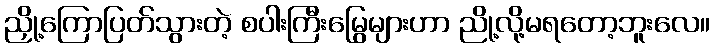
ညှို့ကြောပြတ်သွားတဲ့ စပါးကြီးမြွေများဟာ ညို့လို့မရတော့ဘူးလေ။